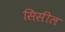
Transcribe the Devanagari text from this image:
सिसील